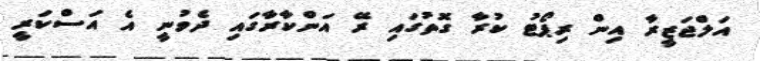
އަލްޖަޒީރާ އިން ރިޕޯޓު ކުރާ ގޮތުގައި ރޭ އަންކާރާގައި ދެވުނީ އެ އަސްކަރީ